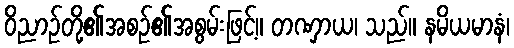
ဝိညာဉ်တို့၏အစဉ်၏အစွမ်းဖြင့်။ တဏှာယ၊ သည်။ နမိယမာနံ၊